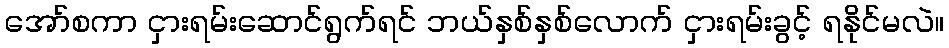
အော်စကာ ငှားရမ်းဆောင်ရွက်ရင် ဘယ်နှစ်နှစ်လောက် ငှားရမ်းခွင့် ရနိုင်မလဲ။